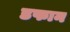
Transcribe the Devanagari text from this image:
डफान